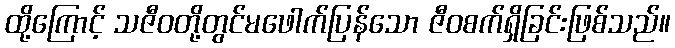
ထို့ကြောင့် သဇီဝတို့တွင်မဖေါက်ပြန်သော ဇီဝစက်ရှိခြင်းဖြစ်သည်။